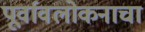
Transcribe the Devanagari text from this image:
पूर्वावलोकनाचा